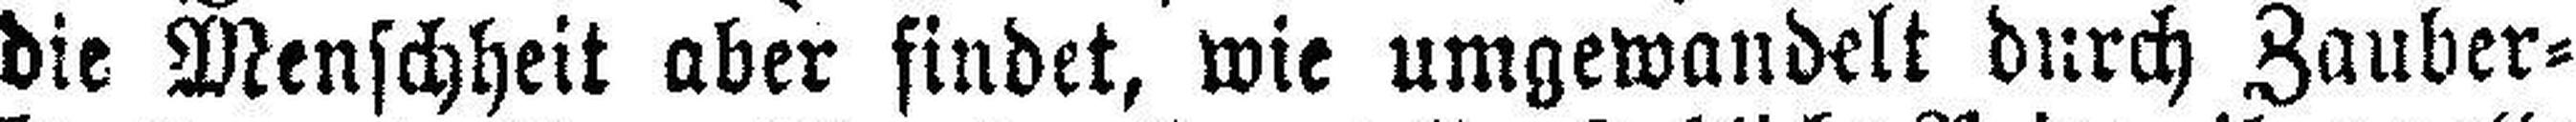
die Menschheit aber findet, wie umgewandelt durch Zauber¬